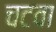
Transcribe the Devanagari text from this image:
चटवा